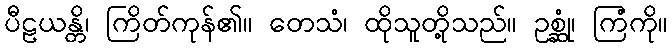
ပီဠယန္တိ၊ ကြိတ်ကုန်၏။ တေသံ၊ ထိုသူတို့သည်။ ဥစ္ဆုံ၊ ကြံကို။